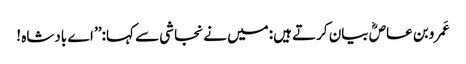
عَمروبن عاصؓ بیان کرتے ہیں:میں نے نجاشی سے کہا:’’ اے بادشاہ !